Report of an investigation of the epidemic of malarial fever in Assam, or, kala-azar
Disease focus: Malaria
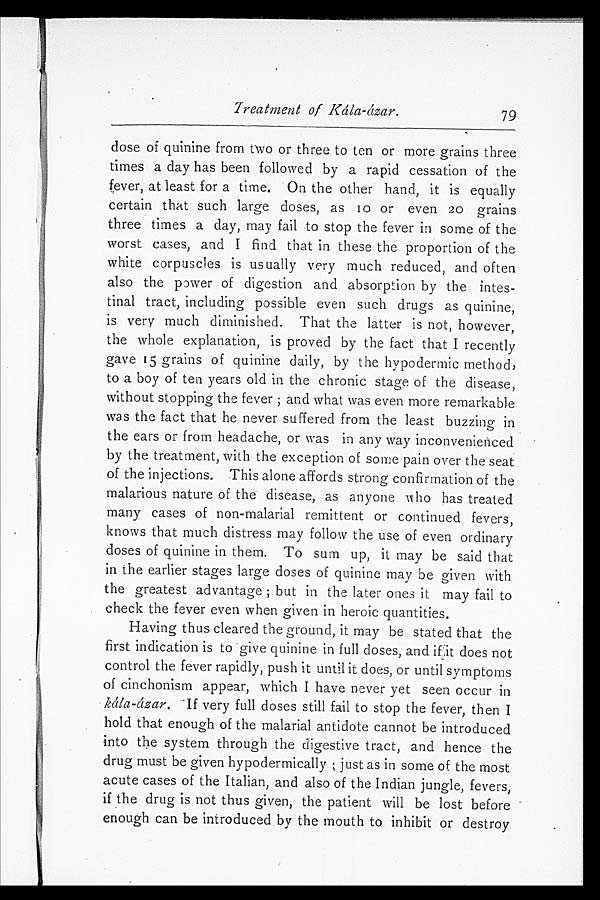
Treatment of KáLa-ázar.
79
dose of quinine from two or three to ten or more grains three
times a day has been followed by a rapid cessation of the
fever, at least for a time. On the other hand, it is equally
certain that such large doses, as 10 or even 20 grains
three times a day, may fail to stop the fever in some of the
worst cases, and I find that in these the proportion of the
white corpuscles is usually very much reduced, and often
also the power of digestion and absorption by the intes
- t i n a l t r a c t , i n c l u d i n g p o s s i b l e e v e n s u c h d r u g s a s q u i n i n e ,
is very much diminished. That the latter is not, however,
the whole explanation, is proved by the fact that I recently
gave 15 grains of quinine daily, by the hypodermic method,
to a boy of ten years old in the chronic stage of the disease,
without stopping the fever; and what was even more remarkable
was the fact that he never suffered from the least buzzing in
the ears or from headache, or was in any way inconvenienced
by the treatment, with the exception of some pain over the seat
of the injections. This alone affords strong confirmation of the
malarious nature of the disease, as anyone who has treated
many cases of non-malarial remittent or continued fevers,
knows that much distress may follow the use of even ordinary
doses of quinine in them. To sum up, it may be said that
in the earlier stages large doses of quinine may be given with
the greatest advantage; but in the later ones it may fail to
check the fever even when given in heroic quantities.
Having thus cleared the ground, it may be stated that the
first indication is to give quinine in full doses, and ifit does not
control the fever rapidly, push it until it does, or until symptoms
of cinchonism appear, which I have never yet seen occur in
kála-ázar. If very full doses still fail to stop the fever, then I
hold that enough of the malarial antidote cannot be introduced
into the system through the digestive tract, and hence the
drug must be given hypodermically; just as in some of the most
acute cases of the Italian, and also of the Indian jungle, fevers,
if the drug is not thus given, the patient will be lost before
enough can be introduced by the mouth to inhibit or dest
roy